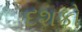
દશકો